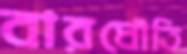
বারঘৌতি